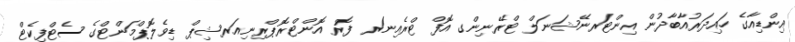
އިންޑިއާގެ ހައިދަރުއާބާދުން އިންޓަރނޭޝަނަލް ޓްރޭނިންގ އޮފް ޓްރެއިނަރ ފޮރ އޮންޓްރޮޕްރިނިއަރޝިޕް ޑިވެލޮޕްމަންޓްގެ ސެޓްފިކެޓް